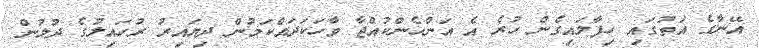
އޭނާގެ އަތުގައި ހިފާލައިގެން ހުރެ އެ އަންހެންކުއްޖާ ވާހަކަދައްކަމުން ދިޔައިރު ރުހައިލުގެ ދުލުން